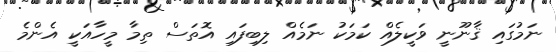
ނަމުގައި ޤާނޫނީ ވަކީލެއް ކަމަކު ނަމެއް ލިބިފައި އޮތަސް ތިމާ މީހާއަކީ އެންމެ